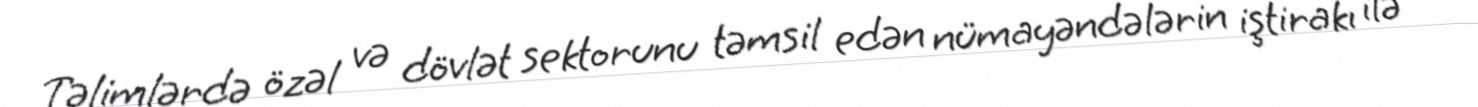
Təlimlərdə özəl və dövlət sektorunu təmsil edən nümayəndələrin iştirakı ilə